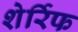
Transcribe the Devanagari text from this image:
शेर्रिफ